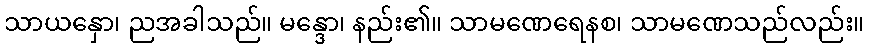
သာယနှော၊ ညအခါသည်။ မန္ဒော၊ နည်း၏။ သာမဏေရေနစ၊ သာမဏေသည်လည်း။